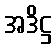
အဒိဋ္ဌ